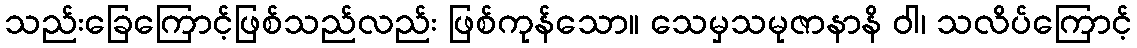
သည်းခြေကြောင့်ဖြစ်သည်လည်း ဖြစ်ကုန်သော။ သေမှသမုဇာနာနိ ဝါ၊ သလိပ်ကြောင့်